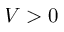
V > 0